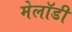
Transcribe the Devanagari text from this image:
मेलॉडी